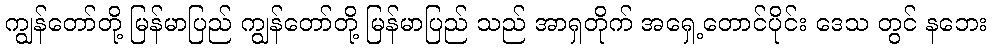
ကျွန်တော်တို့ မြန်မာပြည် ကျွန်တော်တို့ မြန်မာပြည် သည် အာရှတိုက် အရှေ့တောင်ပိုင်း ဒေသ တွင် နဘေး